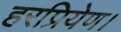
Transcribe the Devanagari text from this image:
हरप्रियेण।